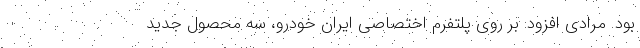
بود. مرادی افزود: بر روی پلتفرم اختصاصی ایران خودرو، سه محصول جدید